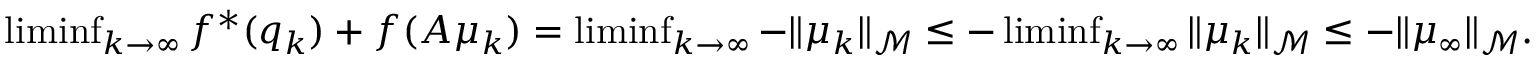
\begin{array} { r } { \operatorname* { l i m i n f } _ { k \to \infty } f ^ { * } ( q _ { k } ) + f ( A \mu _ { k } ) = \operatorname* { l i m i n f } _ { k \to \infty } - \Vert \mu _ { k } \Vert _ { \mathcal { M } } \leq - \operatorname* { l i m i n f } _ { k \to \infty } \Vert \mu _ { k } \Vert _ { \mathcal { M } } \leq - \Vert \mu _ { \infty } \Vert _ { \mathcal { M } } . } \end{array}